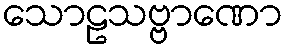
သောဠသဗ္ဗာဏော